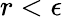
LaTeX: r<\epsilon